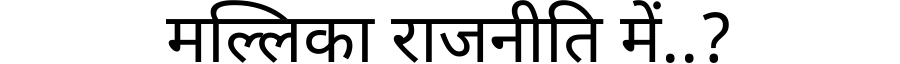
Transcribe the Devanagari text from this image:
मल्लिका राजनीति में..?